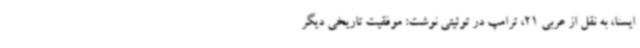
ایسنا، به نقل از عربی 21، ترامپ در توئیتی نوشت: موفقیت تاریخی دیگر